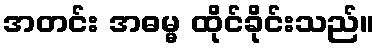
အတင်း အဓမ္မ ထိုင်ခိုင်းသည်။